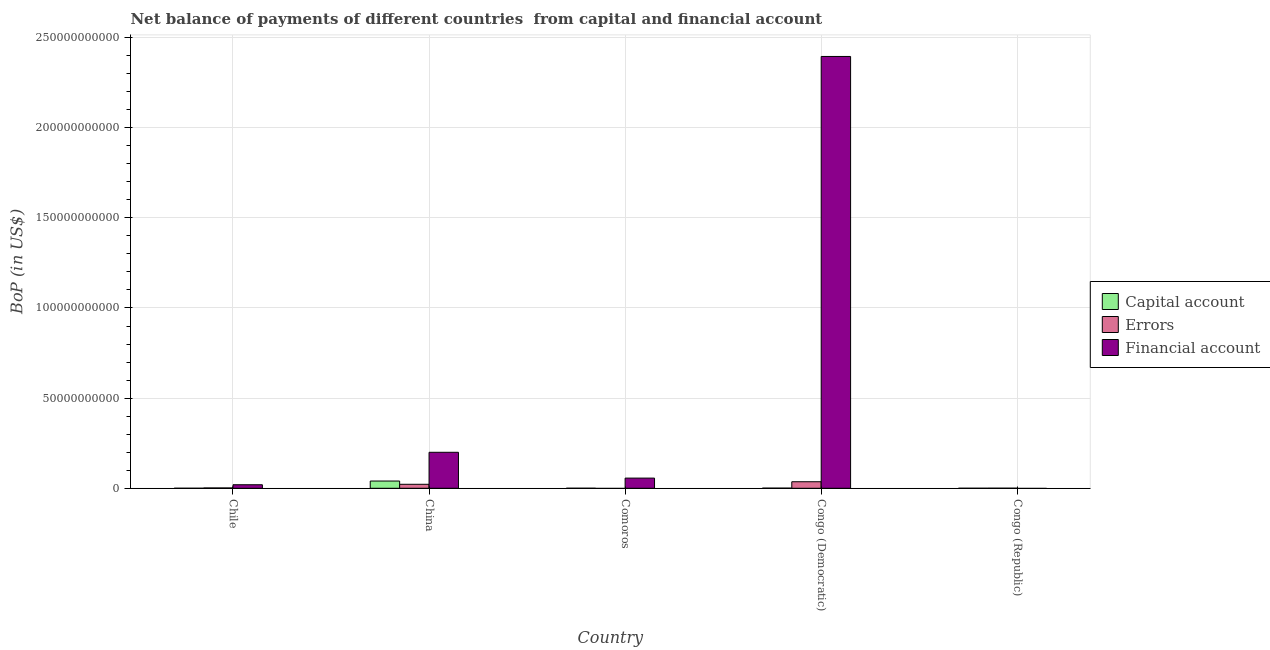
| Country | Capital account | Errors | Financial account |
 | --- | --- | --- | --- |
 | Chile | 1.33e+07 | 1.83e+08 | 1.96e+09 |
 | China | 4.02e+09 | 2.21e+09 | 2e+10 |
 | Comoros | 1.85e+07 | -1.53e+09 | 5.64e+09 |
 | Congo (Democratic) | 8.17e+07 | 3.63e+09 | 2.39e+11 |
 | Congo (Republic) | 9.56e+06 | 3.87e+07 | -2.87e+09 |